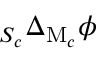
_ { S _ { c } } \Delta _ { \mathrm { M } _ { c } } \phi